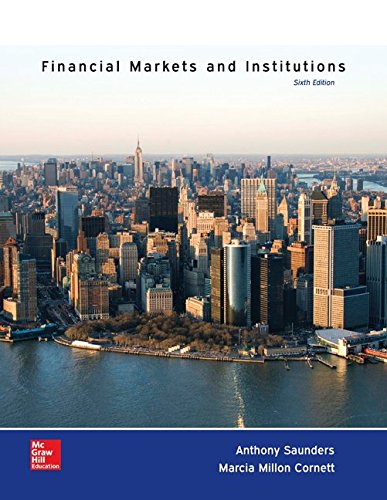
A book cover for Financial Markets and Institutions (The Mcgraw-Hill / Irwin Series in Finance, Insurance and Real Estate); Anthony Saunders; Business & Money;